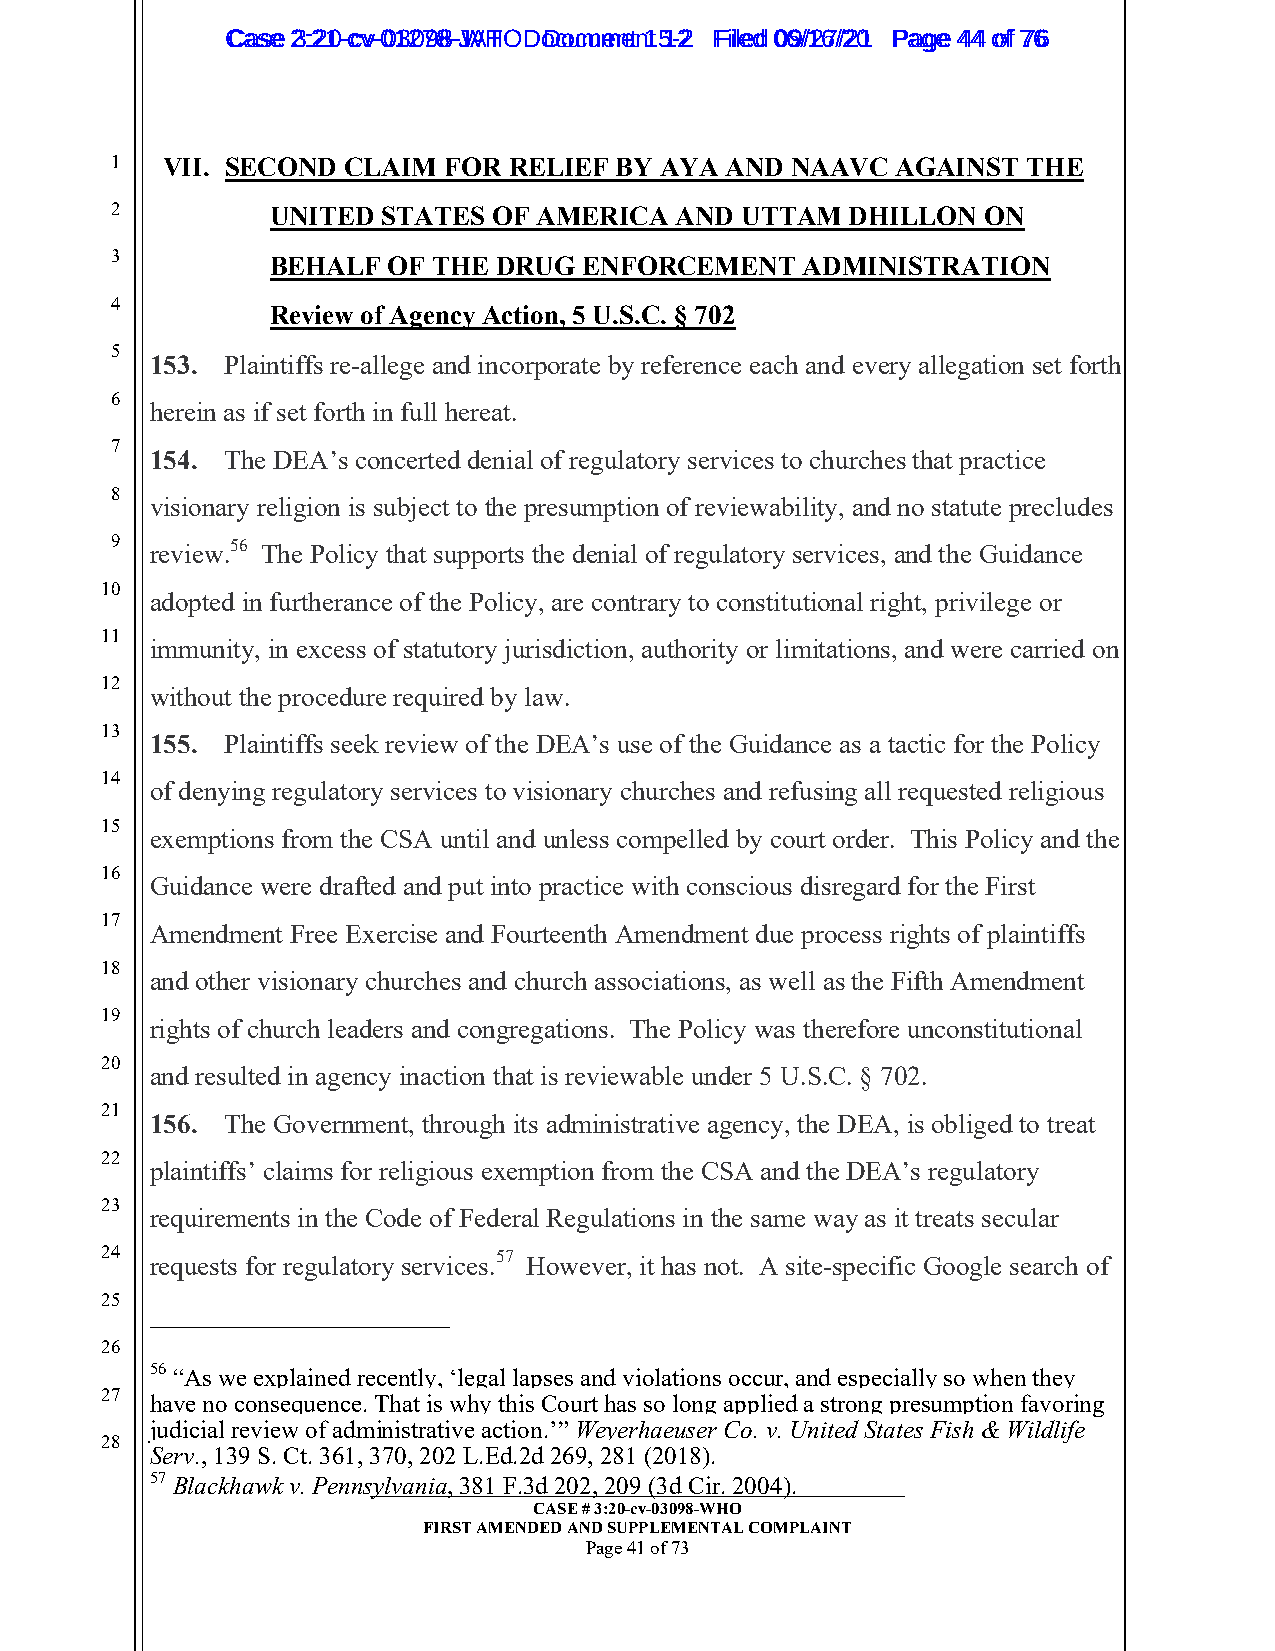
CCaassee 23::2210--ccvv--0013207988--JWAHT O D oDcoucmumenetn 1t 51-22 FFiilleedd 0069//1267//2201 PPaaggee 4444 ooff 7766
 1   VII. SECOND CLAIM FOR  RELIEF BY AYA AND NAAVC  AGAINST  THE
 2          UNITED STATES  OF AMERICA  AND UTTAM  DHILLON  ON
 3          BEHALF  OF THE DRUG  ENFORCEMENT   ADMINISTRATION
 4
 Review of Agency Action, 5 U.S.C. § 702
 5
 153. Plaintiffs re-allege and incorporate by reference each and every allegation set forth
 6
 herein as if set forth in full hereat.
 7
 154. The DEA’s concerted denial of regulatory services to churches that practice
 8
 visionary religion is subject to the presumption of reviewability, and no statute precludes
 9  review.56 The Policy that supports the denial of regulatory services, and the Guidance
 10
 adopted in furtherance of the Policy, are contrary to constitutional right, privilege or
 11
 immunity, in excess of statutory jurisdiction, authority or limitations, and were carried on
 12
 without the procedure required by law.
 13
 155. Plaintiffs seek review of the DEA’s use of the Guidance as a tactic for the Policy
 14
 of denying regulatory services to visionary churches and refusing all requested religious
 15
 exemptions from the CSA until and unless compelled by court order. This Policy and the
 16
 Guidance were drafted and put into practice with conscious disregard for the First
 17
 Amendment Free Exercise and Fourteenth Amendment due process rights of plaintiffs
 18
 and other visionary churches and church associations, as well as the Fifth Amendment
 19
 rights of church leaders and congregations. The Policy was therefore unconstitutional
 20
 and resulted in agency inaction that is reviewable under 5 U.S.C. § 702.
 21
 156. The Government, through its administrative agency, the DEA, is obliged to treat
 22
 plaintiffs’ claims for religious exemption from the CSA and the DEA’s regulatory
 23
 requirements in the Code of Federal Regulations in the same way as it treats secular
 24 requests for regulatory services.57 However, it has not. A site-specific Google search of
 25
 26
 56 “As we explained recently, ‘legal lapses and violations occur, and especially so when they
 27 have no consequence. That is why this Court has so long applied a strong presumption favoring
 judicial review of administrative action.’” Weyerhaeuser Co. v. United States Fish & Wildlife
 28
 Serv., 139 S. Ct. 361, 370, 202 L.Ed.2d 269, 281 (2018).
 57 Blackhawk v. Penns_y_l_v_a_n__ia__, _3_8__1_ _F_._3_d__ 2__0_2_,_ _2_0_9__ (_3_d__ C__i_r_. _2_0__0_4__)._ ___________
 CASE # 3:20-cv-03098-WHO
 FIRST AMENDED AND SUPPLEMENTAL COMPLAINT
 Page 41 of 73